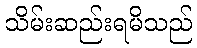
သိမ်းဆည်းရမိသည်